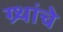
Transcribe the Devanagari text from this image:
ग्र्थांचे